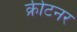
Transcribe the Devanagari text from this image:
क्रीटनर